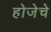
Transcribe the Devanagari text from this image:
होजेचे